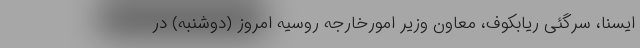
ایسنا، سرگئی ریابکوف، معاون وزیر امورخارجه روسیه امروز (دوشنبه) در